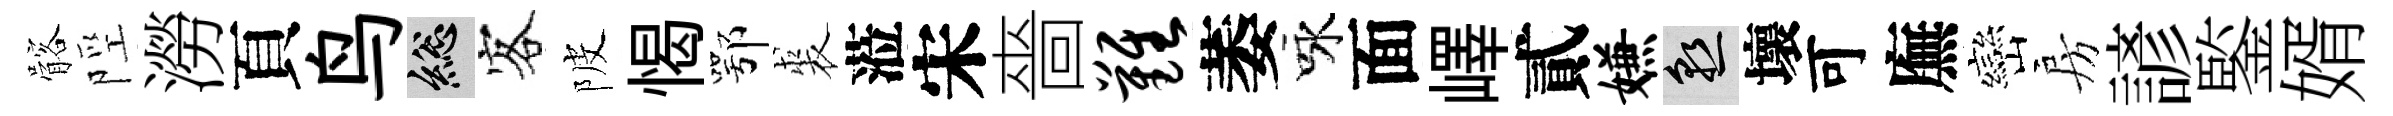
髂陘澇頁鸟總客陂愒鄂裘蒞宋嗇难萎咏面嶧貳嫌熟壞可廡巒房諺鍳婿